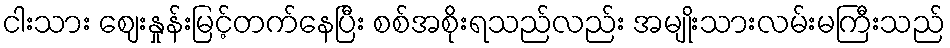
ငါးသား ဈေးနှုန်းမြင့်တက်နေပြီး စစ်အစိုးရသည်လည်း အမျိုးသားလမ်းမကြီးသည်